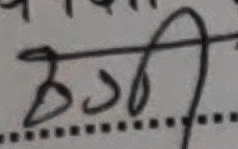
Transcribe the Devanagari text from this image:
ठहरी